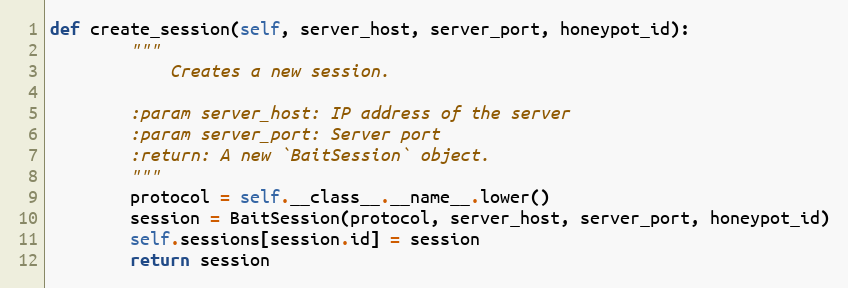
Language: Python
def create_session(self, server_host, server_port, honeypot_id):
        """
            Creates a new session.

        :param server_host: IP address of the server
        :param server_port: Server port
        :return: A new `BaitSession` object.
        """
        protocol = self.__class__.__name__.lower()
        session = BaitSession(protocol, server_host, server_port, honeypot_id)
        self.sessions[session.id] = session
        return session